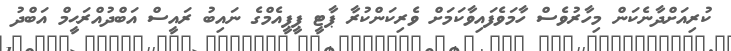
ކުރިއަށްދާނެކަން މިހާރުވެސް ހާމަވެފައިވާކަމަށް ވެރިކަންކުރާ ޕާޓީ ޕީޕީއެމްގެ ނައިބު ރައީސް އަބްދުއްރަޙީމް އަބްދު